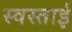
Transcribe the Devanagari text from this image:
स्वस्ताई